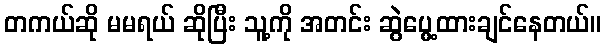
တကယ်ဆို မမရယ် ဆိုပြီး သူ့ကို အတင်း ဆွဲပွေ့ထားချင်နေတယ်။